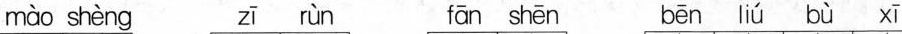
mào shèn zī rùn fān shēn bēn liú bù xī